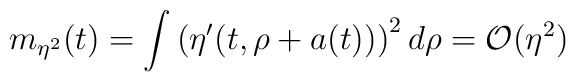
m_{\eta^2}(t)=\int\left(\eta'(t,\rho+a(t))\right)^2d\rho = {\cal O}(\eta^2)